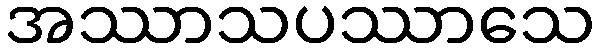
အဿာသပဿာသေ